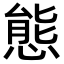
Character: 態